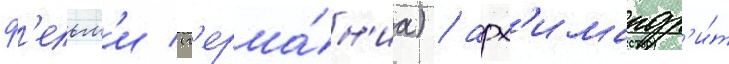
ф'ельм'и (г'ерма́н'иа) / арх'имандр'и́т